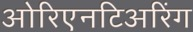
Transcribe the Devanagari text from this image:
ओरिएनटिअरिंग